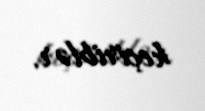
keçiriblər.